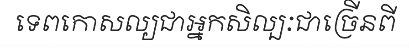
ទេពកោសល្យជាអ្នកសិល្បៈជាច្រើនពី